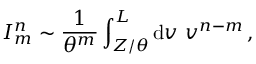
I _ { m } ^ { n } \sim \frac { 1 } { \theta ^ { m } } \int _ { Z / \theta } ^ { L } \mathrm { d } v \ v ^ { n - m } \, ,